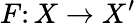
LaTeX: F\colon X\to X^{\prime}